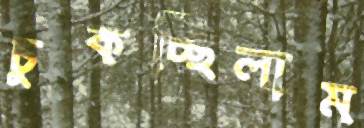
চুকচ্ছিলাম